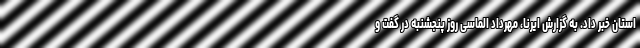
استان خبر داد. به گزارش ایرنا، مهرداد الماسی روز پنجشنبه در گفت و